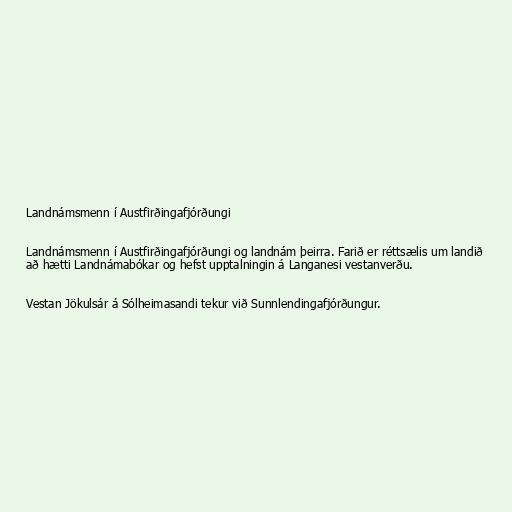
Landnámsmenn í Austfirðingafjórðungi

Landnámsmenn í Austfirðingafjórðungi og landnám þeirra. Farið er réttsælis um landið
að hætti Landnámabókar og hefst upptalningin á Langanesi vestanverðu.

Vestan Jökulsár á Sólheimasandi tekur við Sunnlendingafjórðungur.